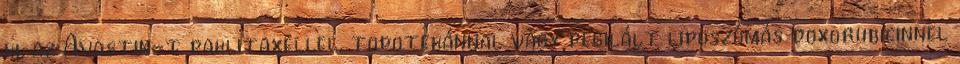
ki, az Avastin-t paklitaxellel, topotekánnal vagy pegilált liposzómás doxorubicinnel